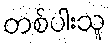
တစ်ပါးသူ